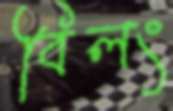
বিলং